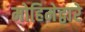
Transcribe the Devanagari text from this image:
मोहिमेद्वारे